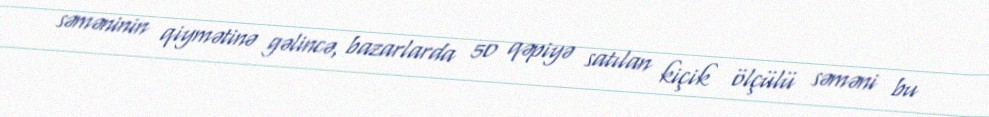
səməninin qiymətinə gəlincə, bazarlarda 50 qəpiyə satılan kiçik ölçülü səməni bu